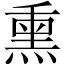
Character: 熏